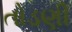
તોડણી